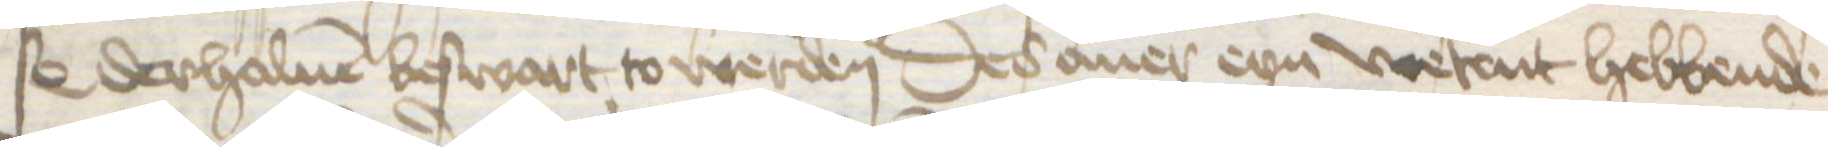
s0 derhaluen beswart to werden Des auer eyn wetent hebbende